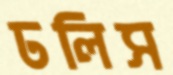
ঢলিস